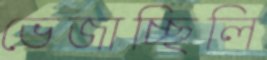
ভেজাচ্ছিলি